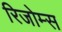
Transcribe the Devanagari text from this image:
रिजोम्‍स